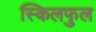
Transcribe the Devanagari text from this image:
स्किलफुल